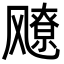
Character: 𬲅